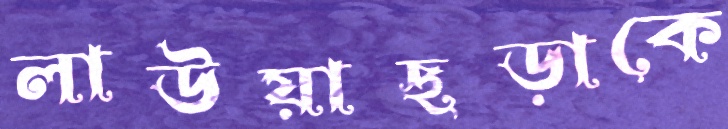
লাউয়াছড়াকে